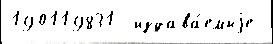
190119831  издава́емыjе